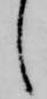
し